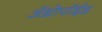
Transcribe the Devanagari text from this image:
अॅथ्रोपॉईड